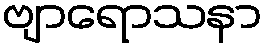
ဗျာရောသနာ